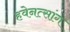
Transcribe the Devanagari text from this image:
हवेनत्सांग